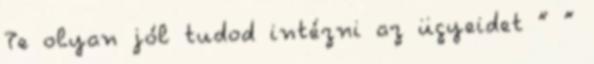
Te olyan jól tudod intézni az ügyeidet ” ”